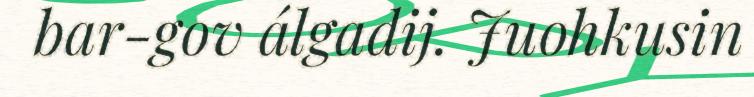
bar-gov álgadij. Juohkusin